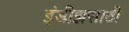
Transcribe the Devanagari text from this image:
इंडीझसाठी